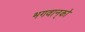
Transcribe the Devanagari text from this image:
भगवान्‌को